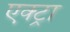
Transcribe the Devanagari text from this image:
एक्ट्रा